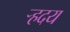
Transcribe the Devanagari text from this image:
र्‍हदय